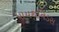
પાયથનિડસ